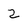
Character: 2